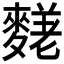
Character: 𪍙